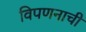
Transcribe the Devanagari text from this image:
विपणनाची